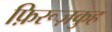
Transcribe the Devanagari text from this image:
फ़िरूज़कुह